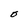
Character: O